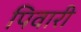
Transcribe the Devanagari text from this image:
पिवारी